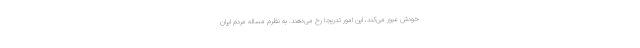
خودش عبور می‌کند، این امور تدریجا رخ می‌دهند. به نظرم مساله مردم ایران